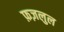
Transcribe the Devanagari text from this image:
फ़ज़लुल